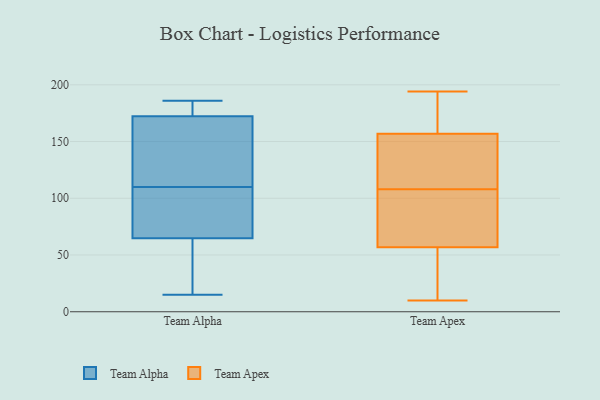
{"axis": {"x": "Satisfaction Score", "y": "Value"}, "legend": ["Team Alpha", "Team Apex"], "data": [{"x": "", "y": 178, "type": "Team Alpha"}, {"x": "", "y": 81, "type": "Team Alpha"}, {"x": "", "y": 158, "type": "Team Alpha"}, {"x": "", "y": 81, "type": "Team Alpha"}, {"x": "", "y": 186, "type": "Team Alpha"}, {"x": "", "y": 110, "type": "Team Alpha"}, {"x": "", "y": 76, "type": "Team Alpha"}, {"x": "", "y": 172, "type": "Team Alpha"}, {"x": "", "y": 181, "type": "Team Alpha"}, {"x": "", "y": 69, "type": "Team Alpha"}, {"x": "", "y": 37, "type": "Team Alpha"}, {"x": "", "y": 115, "type": "Team Alpha"}, {"x": "", "y": 52, "type": "Team Alpha"}, {"x": "", "y": 173, "type": "Team Alpha"}, {"x": "", "y": 34, "type": "Team Alpha"}, {"x": "", "y": 162, "type": "Team Alpha"}, {"x": "", "y": 15, "type": "Team Alpha"}, {"x": "", "y": 74, "type": "Team Apex"}, {"x": "", "y": 157, "type": "Team Apex"}, {"x": "", "y": 94, "type": "Team Apex"}, {"x": "", "y": 156, "type": "Team Apex"}, {"x": "", "y": 47, "type": "Team Apex"}, {"x": "", "y": 161, "type": "Team Apex"}, {"x": "", "y": 135, "type": "Team Apex"}, {"x": "", "y": 87, "type": "Team Apex"}, {"x": "", "y": 29, "type": "Team Apex"}, {"x": "", "y": 105, "type": "Team Apex"}, {"x": "", "y": 40, "type": "Team Apex"}, {"x": "", "y": 51, "type": "Team Apex"}, {"x": "", "y": 152, "type": "Team Apex"}, {"x": "", "y": 108, "type": "Team Apex"}, {"x": "", "y": 194, "type": "Team Apex"}, {"x": "", "y": 168, "type": "Team Apex"}, {"x": "", "y": 10, "type": "Team Apex"}, {"x": "", "y": 159, "type": "Team Apex"}, {"x": "", "y": 122, "type": "Team Apex"}]}